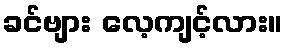
ခင်ဗျား လေ့ကျင့်လား။